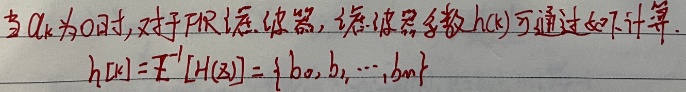
当$a_{k}$为0时,对于FIR滤波器,滤波器系数$h(k)$可通过如下计算.
\[h[k]=\mathcal{Z}^{-1}[H(z)] = \{b_0,b_1,\cdots,b_m\}\]